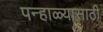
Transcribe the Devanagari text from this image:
पन्हाळ्यासाठी